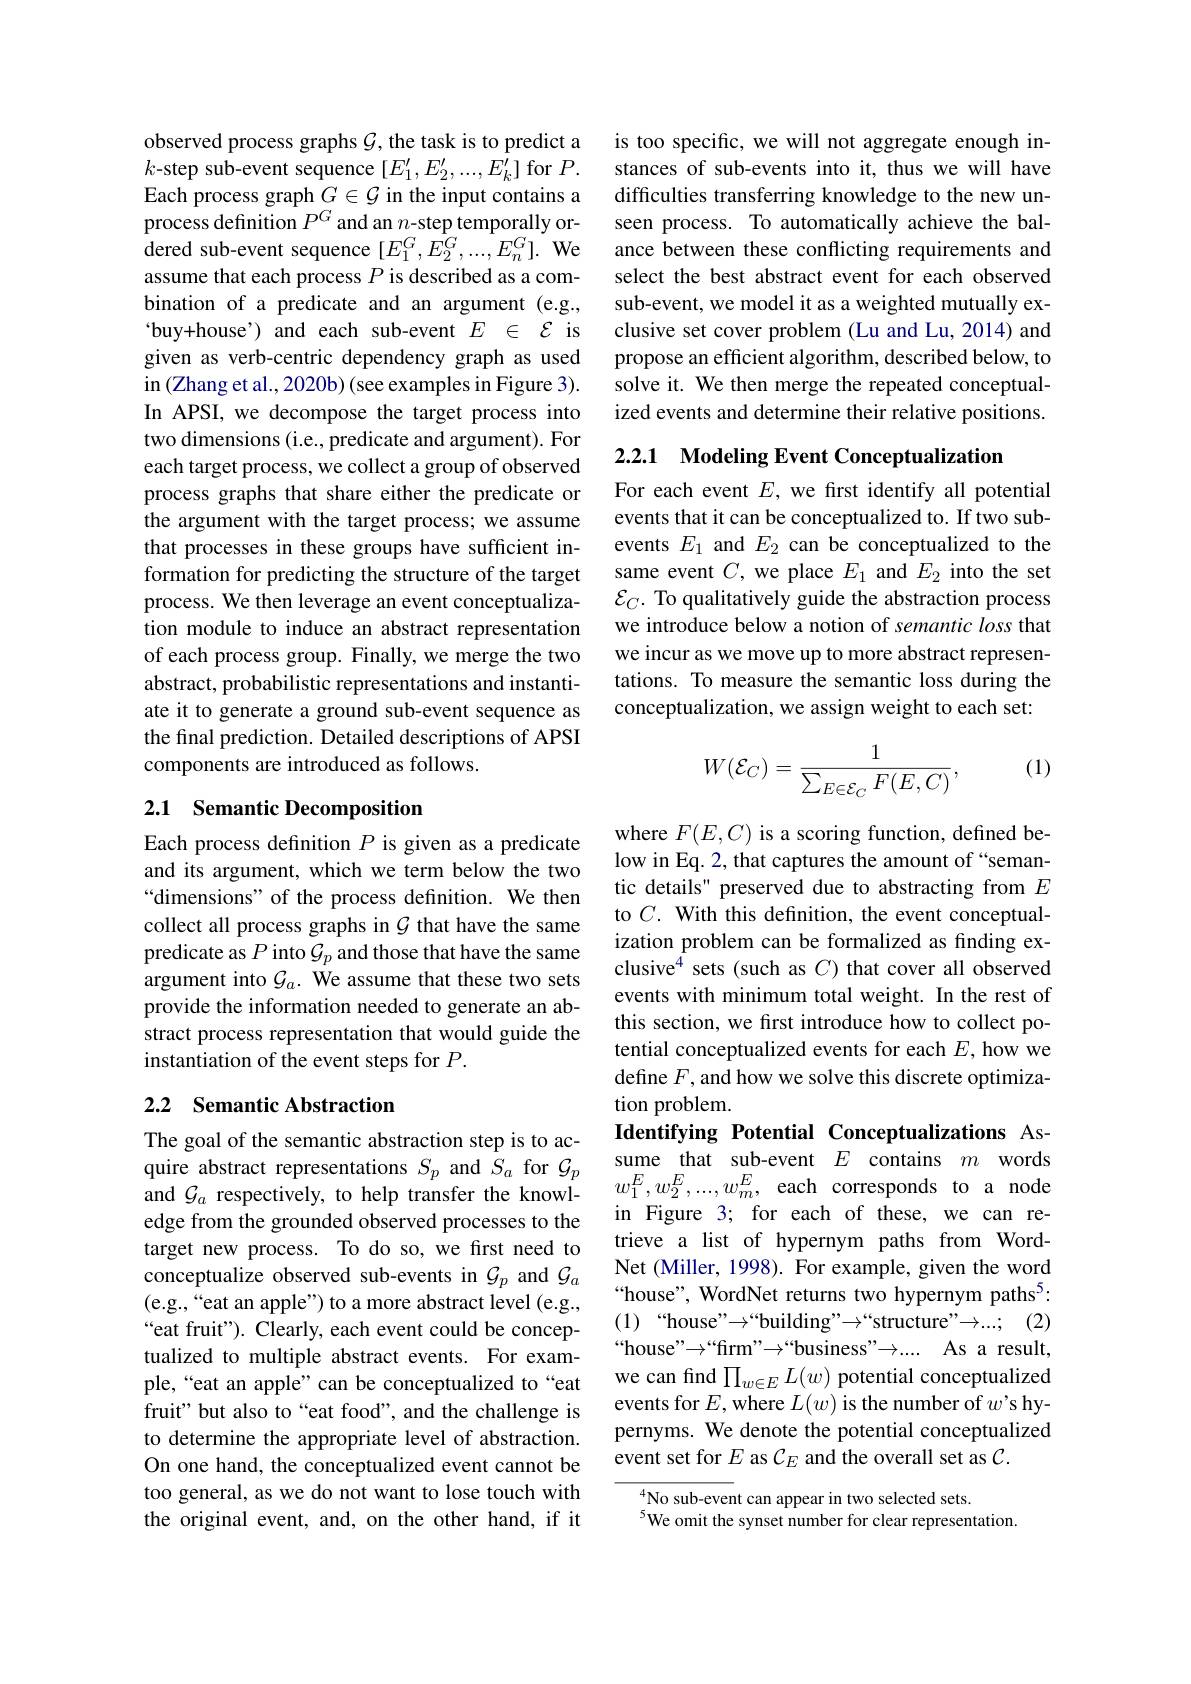
observed process graphs $\mathcal{G}$, the task is to predict a $k$-step sub-event sequence $[E_1^{\prime},E_2^{\prime},...,E_k^{\prime}]$ for $P.$ Each process graph $G\in\mathcal{G}$ in the input contains a process definition $P^G$ and an $n$-step temporally ordered sub-event sequence $[E_{1}^{G},E_{2}^{G},...,E_{n}^{G}].$ We assume that each process $P$ is described as a combination of a predicate and an argument (e.g., buy+house') and each sub-event $E$ $\in {\mathcal{E} }$ is given as verb-centric dependency graph as used in (Zhang et al., 2020b) (see examples in Figure 3). In APSI, we decompose the target process into two dimensions (i.e., predicate and argument). For each target process, we collect a group of observed process graphs that share either the predicate or the argument with the target process; we assume that processes in these groups have sufficient information for predicting the structure of the target process. We then leverage an event conceptualization module to induce an abstract representation of each process group. Finally, we merge the two abstract, probabilistic representations and instantiate it to generate a ground sub-event sequence as the final prediction. Detailed descriptions of APSI components are introduced as follows.

## 2.1 Semantic Decomposition

Each process definition $P$ is given as a predicate and its argument, which we term below the two “dimensions" of the process definition. We then collect all process graphs in $\mathcal{G}$ that have the same predicate as $P$ into $\mathcal{G}_p$ and those that have the same argument into $\mathcal{G}_a.$ We assume that these two sets provide the information needed to generate an abstract process representation that would guide the instantiation of the event steps for $P.$

## 2.2 Semantic Abstraction

The goal of the semantic abstraction step is to acquire abstract representations $S_p$ and $S_a$ for $\mathcal{G}_p$ and $\mathcal{G}_a$ respectively, to help transfer the knowledge from the grounded observed processes to the target new process. To do so, we first need to conceptualize observed sub-events in $\mathcal{G}_p$ and $\mathcal{G}_a$ (e.g.,“eat an apple”) to a more abstract level (e.g., “eat fruit"). Clearly, each event could be conceptualized to multiple abstract events. For example,“eat an apple”can be conceptualized to“eat fruit" but also to“eat food”, and the challenge is to determine the appropriate level of abstraction. On one hand, the conceptualized event cannot be too general, as we do not want to lose touch with the original event, and, on the other hand, if it

is too specific, we will not aggregate enough instances of sub-events into it, thus we will have difficulties transferring knowledge to the new unseen process. To automatically achieve the balance between these conflicting requirements and select the best abstract event for each observed sub-event, we model it as a weighted mutually exclusive set cover problem (Lu and Lu, 2014) and propose an efficient algorithm, described below, to solve it. We then merge the repeated conceptualized events and determine their relative positions.

2.2.1 Modeling Event Conceptualization

For each event $E$, we first identify all potential events that it can be conceptualized to. If two subevents $E_1$ and $E_2$ can be conceptualized to the same event $C$, we place $E_1$ and $E_2$ into the set $\mathcal{E}_C.$ To qualitatively guide the abstraction process we introduce below a notion of semantic loss that we incur as we move up to more abstract representations. To measure the semantic loss during the conceptualization, we assign weight to each set:

(1)
$$W(\mathcal{E}_{C})=\frac{1}{\sum_{E\in\mathcal{E}_{C}}F(E,C)},$$
where $F(E,C)$ is a scoring function, defined below in Eq. 2, that captures the amount of “semantic details" preserved due to abstracting from $E$ to $C.$ With this definition, the event conceptualization problem can be formalized as finding exclusive$^{4}$ sets (such as $C$) that cover all observed events with minimum total weight. In the rest of this section, we first introduce how to collect potential conceptualized events for each $E$, how we define $F$, and how we solve this discrete optimization problem.
Identifying Potential Conceptualizations Assume that sub-event $E$ contains $m$ words $w_1^E,w_2^E,...,w_m^E$, each corresponds to a node in Figure 3; for each of these, we can retrieve a list of hypernym paths from WordNet (Miller, 1998). For example, given the word “house”, WordNet returns two hypernym paths$^{5}:$ (1)“house”$\to$“ building" " $\to$“ structure” $\to . . . ;$ (2) “house”→“firm”→“business"→.... As a result, we can find $\prod_{w\in E}L(w)$ potential conceptualized events for $E$,where $L(w)$ is the number of $w^{\prime}$s hypernyms. We denote the potential conceptualized event set for $E$ as $\mathcal{C}_E$ and the overall set as $\mathcal{C}.$

$_{s}^{4}$No sub-event can appear in two selected sets.
$^{5}$We omit the synset number for clear representation.